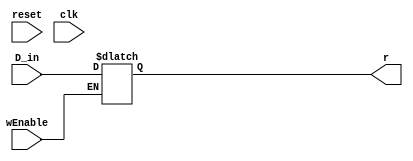
// File for IR Immediate Register
module IR(D_in, wEnable, reset, clk, r);
     input [15:0] D_in;
     input clk, wEnable, reset;
     output reg [15:0] r;

 always @(D_in, wEnable) //Used to be posedge 
    //if (!reset) r <= 16'b0000000000000000; // EDIT to not reset
        begin
            if (wEnable)
                begin
                    r <= D_in; // If enable High, Store immediate instruction
                end
            else
                begin
                    r <= r;   //  Otherwise keep the current instruction
                end
    end
endmodule